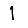
Digit: 1